Studies on the mouth parts a Comparative anatomy of the proboscis in the blood-sucking muscidae - Number 60
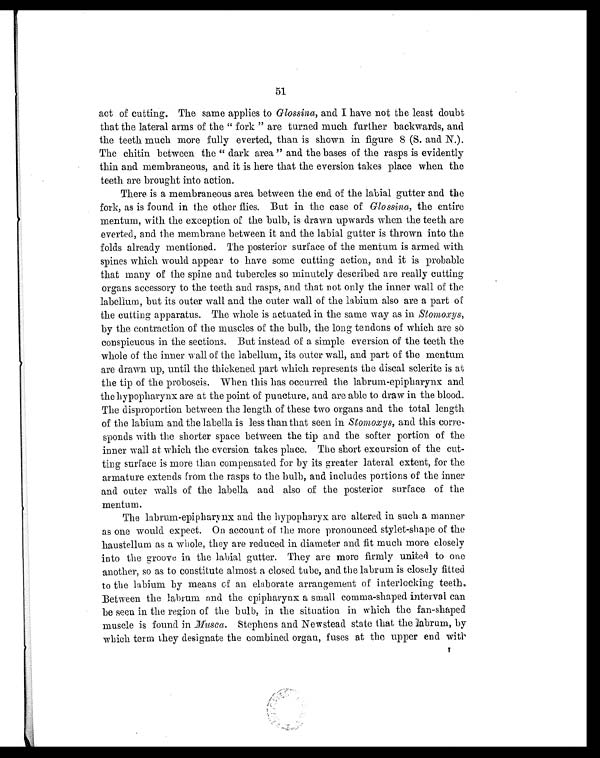
51
act of cutting. The same applies to Glossina, and I have not the least doubt
that the lateral arms of the " fork " are turned much further backwards, and
the teeth much more fully everted, than is shown in figure 8 (S. and N.).
The chitin between the " dark area" and the bases of the rasps is evidently
thin and membraneous, and it is here that the eversion takes place when the
teeth are brought into action.
There is a membraneous area between the end of the labial gutter and the
fork, as is found in the other flies. But in the case of Glossina, the entire
mentum, with the exception of the bulb, is drawn upwards when the teeth are
everted, and the membrane between it and the labial gutter is thrown into the
folds already mentioned. The posterior surface of the mentum is armed with
spines which would appear to have some cutting action, and it is probable
that many of the spine and tubercles so minutely described are really cutting
organs accessory to the teeth and rasps, and that not only the inner wall of the
labellum, but its outer wall and the outer wall of the labium also are a part of
the cutting apparatus. The whole is actuated in the same way as in Stomoxys,
by the contraction of the muscles of the bulb, the long tendons of which are so
conspicuous in the sections. But instead of a simple eversion of the teeth the
whole of the inner wall of the labellum, its outer wall, and part of the mentum
are drawn up, until the thickened part which represents the discal sclerite is at
the tip of the proboscis. When this has occurred the labrum-epipharynx and
the hypopharynx are at the point of puncture, and are able to draw in the blood.
The disproportion between the length of these two organs and the total length
of the labium and the labella is less than that seen in Stomoxys, and this corre-
sponds with the shorter space between the tip and the softer portion of the
inner wall at which the eversion takes place. The short excursion of the cut-
ting surface is more than compensated for by its greater lateral extent, for the
armature extends from the rasps to the bulb, and includes portions of the inner
and outer walls of the labella and also of the posterior surface of the
mentum.
The labrum-epipharynx and the hypopharyx are altered in such a manner
as one would expect. On account of the more pronounced stylet-shape of the
haustellum as a whole, they are reduced in diameter and fit much more closely
into the groove in the labial gutter. They are more firmly united to one
another, so as to constitute almost a closed tube, and the labrum is closely fitted
to the labium by means of an elaborate arrangement of interlocking teeth,
Between the labrum and the epipharynx a small comma-shaped interval can
be seen in the region of the bulb, in the situation in which the fan-shaped
muscle is found in Musca.S t e p h e n s a n d N e w s t e a d s t a t e t h a t t h e l a b r u m , b y
which term they designate the combined organ, fuses at the upper end with